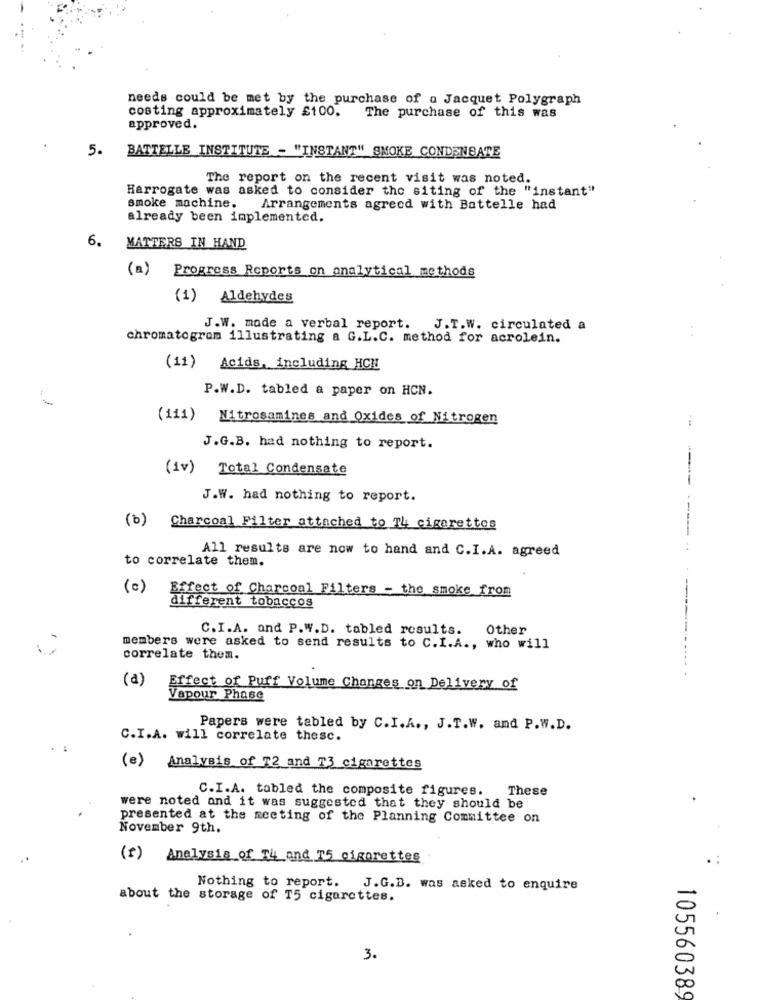
needs could be met by the purchase of a Jacquet Polygraph
costing approximately £100.
The purchase of this was
approved.
5.
BATTELLE INSTITUTE - "INSTANT" SMOKE CONDENSATE
The report on the recent visit was noted.
Harrogate was asked to consider the siting of the "instant"
smoke machine.
Arrangements agreed with Battelle had
already been implemented.
6.
MATTERS IN HAND
(a) Progress Reports on analytical methods
(1) Aldehydes
J.W. made a verbal report. J.T.W. circulated a
chromatogram illustrating a G.L.C. method for acrolein.
(11) Acids, including HCH
P.W.D. tabled a paper on HCN.
(111) Nitrosamines and Oxides of Nitrogen
J.G.B. had nothing to report.
(iv) Total Condensate
J.W. had nothing to report.
(b)
Charcoal Filter attached to Th cigarettes
----- -----
All results are now to hand and C.I.A. agreed
to correlate them.
(c)
Effect of Charcoal Filters - the smoke from
----
different tobaccos
C.I.A. and P.W.D. tabled results.
Other
members were asked to send results to C.I.A ., who will
correlate them.
(a)
Effect of Puff Volume Changes on Delivery of
Vapour Phase
Papers were tabled by C.I.A ., J.T.W. and P.W.D.
C.I.A. will correlate thesc.
(e) Analysis of T2 and T3 cigarettes
C.I.A. tabled the composite figures.
These
were noted and it was suggested that they should be
presented at the meeting of the Planning Committee on
November 9th.
(I) Analysis of 14 and 75 cigarettes
Nothing to report.
J.G.B. was asked to enquire
about the storage of T5 cigarettes.
3.
105560389